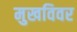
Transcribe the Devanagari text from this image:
मुखविवर